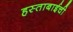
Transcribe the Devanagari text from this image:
हस्ताबाईची